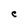
Character: C